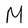
Character: M